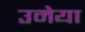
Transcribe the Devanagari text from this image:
उमेया